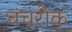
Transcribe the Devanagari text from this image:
चंचरोक